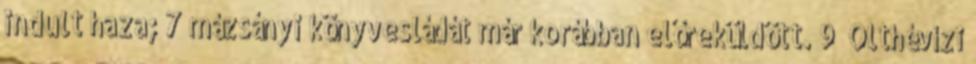
indult haza; 7 mázsányi könyvesládát már korábban előreküldött. 9 Olthévízi